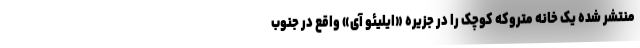
منتشر شده یک خانه متروکه کوچک را در جزیره «ایلیئو آی» واقع در جنوب